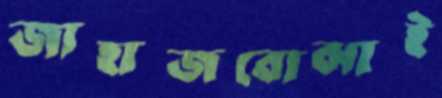
জাহাজবোঝাই